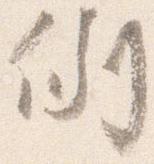
例